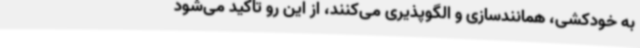
به خودکشی، همانندسازی و الگوپذیری می‌کنند، از این رو تاکید می‌شود